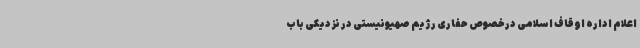
اعلام اداره اوقاف اسلامی درخصوص حفاری رژیم صهیونیستی در نزدیکی باب